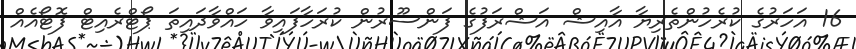
16 އަހަރުގެ ކުރެހުންތެރިޔާ އާއިޝް އަޝްރަފުގެ ފަންސޫރުން ކުރަހާފައިވާ ހައްވާދައިތަ ޕޯޓްރެއިޓް ފޮޓޯއެއް